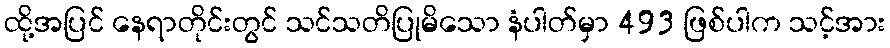
ထို့အပြင် နေရာတိုင်းတွင် သင်သတိပြုမိသော နံပါတ်မှာ 493 ဖြစ်ပါက သင့်အား